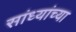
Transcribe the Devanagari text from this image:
सांध्यांच्या